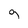
Character: g